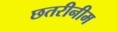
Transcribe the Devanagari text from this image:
छतरीनीम